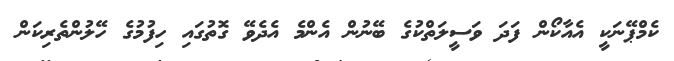
ކެމްޕޭނަކީ އެއާކޯން ފަދަ ވަސީލަތްކުގެ ބޭނުން އެންމެ އެދެވޭ ގޮތުގައި ހިފުމުގެ ހޭލުންތެރިކަން